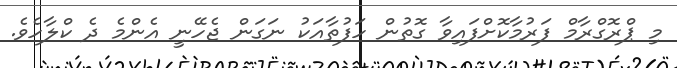
މި ޕްރޮގްރާމް ފަރުމާކޮށްފައިވާ ގޮތުން ހަފުތާއަކު ނަގަން ޖެހޭނީ އެންމެ ދެ ކްލާހެވެ.